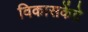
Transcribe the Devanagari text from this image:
विकासकेंद्रे